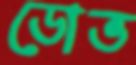
ডোভ